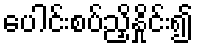
ပေါင်းစပ်ညှိနှိုင်း၍